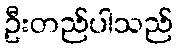
ဦးတည်ပါသည်